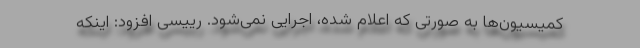
کمیسیون‌ها به صورتی که اعلام شده، اجرایی نمی‌شود. رییسی افزود: اینکه